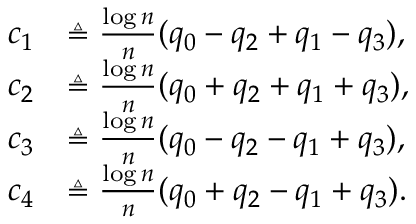
\begin{array} { r l } { c _ { 1 } } & { \triangleq \frac { \log n } { n } ( q _ { 0 } - q _ { 2 } + q _ { 1 } - q _ { 3 } ) , } \\ { c _ { 2 } } & { \triangleq \frac { \log n } { n } ( q _ { 0 } + q _ { 2 } + q _ { 1 } + q _ { 3 } ) , } \\ { c _ { 3 } } & { \triangleq \frac { \log n } { n } ( q _ { 0 } - q _ { 2 } - q _ { 1 } + q _ { 3 } ) , } \\ { c _ { 4 } } & { \triangleq \frac { \log n } { n } ( q _ { 0 } + q _ { 2 } - q _ { 1 } + q _ { 3 } ) . } \end{array}